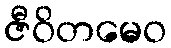
ဇီဝိတမေဝ